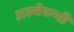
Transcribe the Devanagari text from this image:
अल्बेरुणी